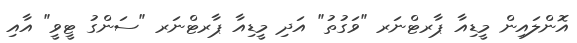
އޮންލައިން މީޑިއާ ޕާރޓްނަރ "ވަގުުތު" އަދި މީޑިއާ ޕާރޓްނަރ "ސަންގު ޓީވީ" އާއި